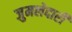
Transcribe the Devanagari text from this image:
जुमलेदारी